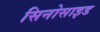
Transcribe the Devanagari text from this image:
सिनोसाइड